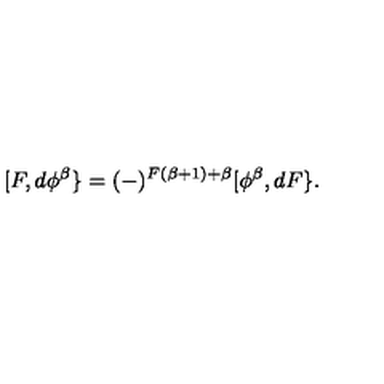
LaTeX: [ F , d \phi ^ { \beta } \} = ( - ) ^ { F ( \beta + 1 ) + \beta } [ \phi ^ { \beta } , d F \} .